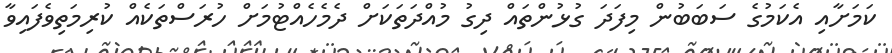
ކަމަށާއި އެކަމުގެ ސަބަބުން މިފަދަ ގުޅުންތައް ދިގު މުއްދަތަކަށް ދެމެހެއްޓުމަށް ހުރަސްތަކެއް ކުރިމަތިވެފައިވާ